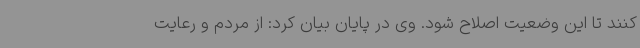
کنند تا این وضعیت اصلاح شود. وی در پایان بیان کرد: از مردم و رعایت